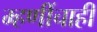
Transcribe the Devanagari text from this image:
म्हणींचाही